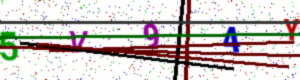
Text: 5V94Y